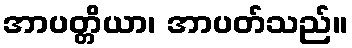
အာပတ္တိယာ၊ အာပတ်သည်။